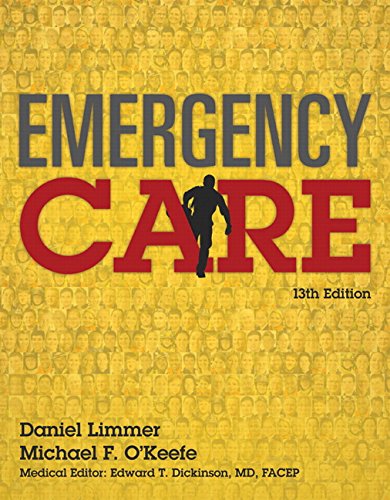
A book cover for Emergency Care (13th Edition) (EMT); Daniel Limmer; Medical Books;